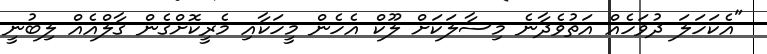
"އެކަހަލަ ދުވަހެއް އަތުވެދާނެ މިސާލަކަށް ލޫކް އެހެން މީހަކާއި މެރީކޮށްގެން ގާލްއެއް ލިބުނީ